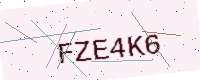
Text: FZE4K6